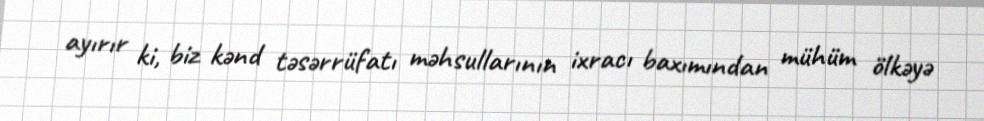
ayırır ki, biz kənd təsərrüfatı məhsullarının ixracı baxımından mühüm ölkəyə